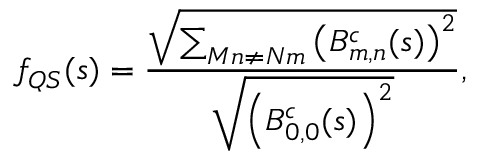
f _ { Q S } ( s ) = \frac { \sqrt { \sum _ { M n \ne N m } \left( B _ { m , n } ^ { c } ( s ) \right) ^ { 2 } } } { \sqrt { \left( B _ { 0 , 0 } ^ { c } ( s ) \right) ^ { 2 } } } ,